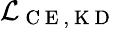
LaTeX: \mathcal{L}_{\mathrm{~C~E~,~K~D~}}